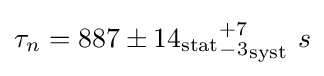
\tau _{n}=887\pm 14_{\mathrm {stat} }{^{+7}_{-3}}_{\mathrm {syst} }\ s